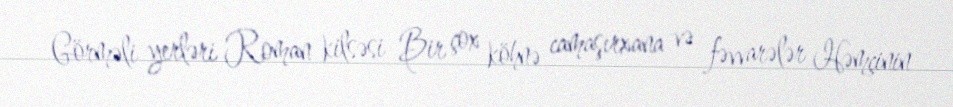
Görməli yerləri Roman kilsəsi Bir çox köhnə camaşırxana və fəvvarələr Həmçinin